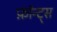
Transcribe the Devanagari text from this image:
फ़ॉन्ट्‍स